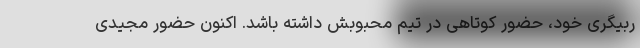
ربیگری خود، حضور کوتاهی در تیم محبوبش داشته باشد. اکنون حضور مجیدی